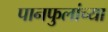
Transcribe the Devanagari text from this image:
पानफुलांच्या